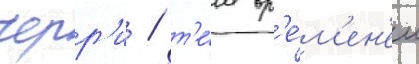
черр'и / т'е́м вр'е́м'ен'ем